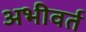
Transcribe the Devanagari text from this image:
अभीवर्त